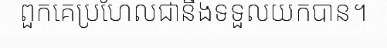
ពួកគេប្រហែលជានឹងទទួលយកបាន។